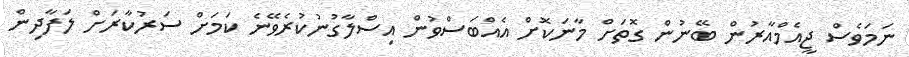
ނަމަވެސް ޖީއެމްއާރުން ބޭނުން ގޮތަށް މާނަކޮށް އެއްބަސްވުން އިސްލާގުނުކުރެވޭނެ ކަމަށް ސަރުކާރަށް ލަފާދިން